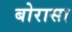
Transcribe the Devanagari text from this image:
बोरासा